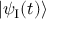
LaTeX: | \psi _ { \mathrm { I } } ( t ) \rangle